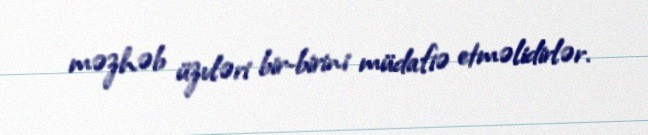
məzhəb üzvləri bir-birini müdafiə etməlidirlər.